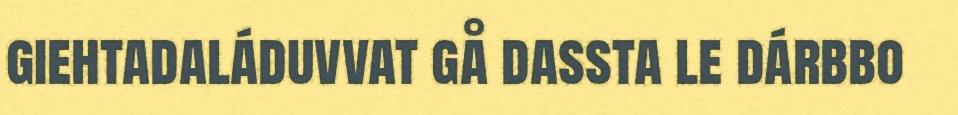
giehtadaláduvvat gå dassta le dárbbo